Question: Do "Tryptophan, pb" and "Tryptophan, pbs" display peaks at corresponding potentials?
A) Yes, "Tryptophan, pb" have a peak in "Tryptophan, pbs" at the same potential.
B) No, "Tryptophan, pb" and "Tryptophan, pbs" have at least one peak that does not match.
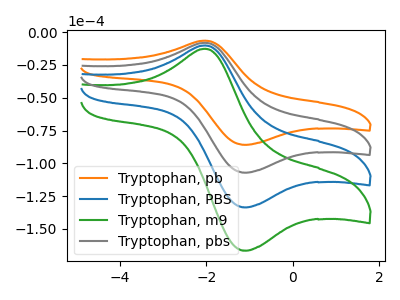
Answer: <think>The orange curve "Tryptophan, pb" has an anodic peak at (-2.00V, -6.55uA) and a cathodic peak at (-1.05V, -85.85uA). The blue curve "Tryptophan, PBS" has an anodic peak at (-2.00V, -16.30uA) and a cathodic peak at (-1.05V, -214.10uA). The green curve "Tryptophan, m9" has an anodic peak at (-2.00V, -24.50uA) and a cathodic peak at (-1.05V, -321.15uA). The gray curve "Tryptophan, pbs" has an anodic peak at (-2.00V, -8.15uA) and a cathodic peak at (-1.05V, -107.05uA).</think>
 <answer>A) Yes, "Tryptophan, pb" have a peak in "Tryptophan, pbs" at the same potential.</answer>
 <eval>A</eval>